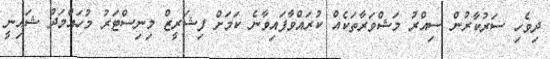
ދިވެހި ސަރުކާރުން ސިއްރު މަޝްވަރާތަކެއް ކުރައްވާފައިވާނެ ކަމަށް ފިޝަރީޒް މިނިސްޓަރު މުހައްމަދު ޝައިނީ